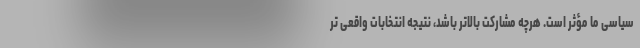
سیاسی ما مؤثر است. هرچه مشارکت بالاتر باشد، نتیجه انتخابات واقعی تر